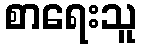
စာရေးသူ